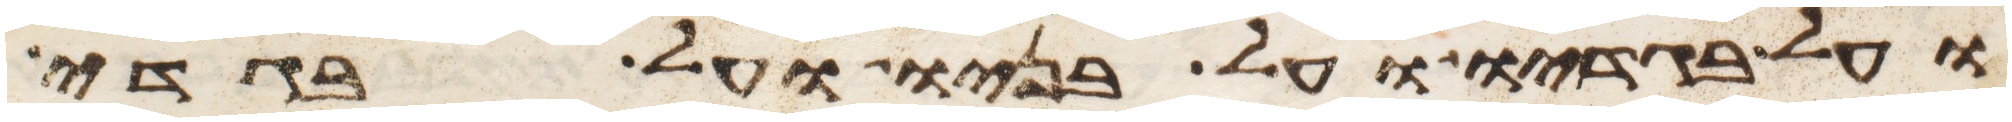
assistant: ועל בגדיו ועל בניו ועל בגדי